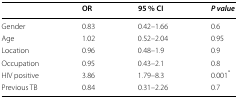
|  | OR | 95 % CI | P value |
 | --- | --- | --- | --- |
 | Gender | 0.83 | 0.42–1.66 | 0.6 |
 | Age | 1.02 | 0.52–2.04 | 0.95 |
 | Location | 0.96 | 0.48–1.9 | 0.9 |
 | Occupation | 0.95 | 0.43–2.1 | 0.8 |
 | HIV positive | 3.86 | 1.79–8.3 | 0.001* |
 | Previous TB | 0.84 | 0.31–2.26 | 0.7 |